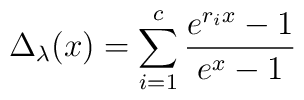
\Delta_{\lambda} (x) = \sum_{i=1}^{c}  \frac{e^{r_i x}-1}{e^x-1}